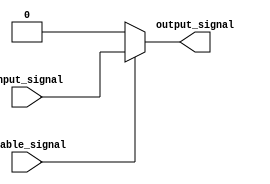
module active_high_buffer (
    input wire input_signal,
    input wire enable_signal,
    output reg output_signal
);

always @ (input_signal, enable_signal)
begin
    if (enable_signal)
        output_signal = input_signal;
    else
        output_signal = 1'b0; // output signal is active high
end

endmodule